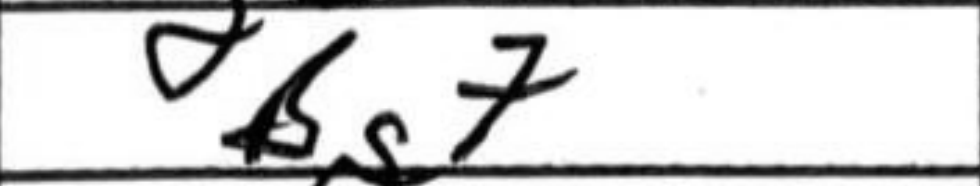
Transcription: Bg7